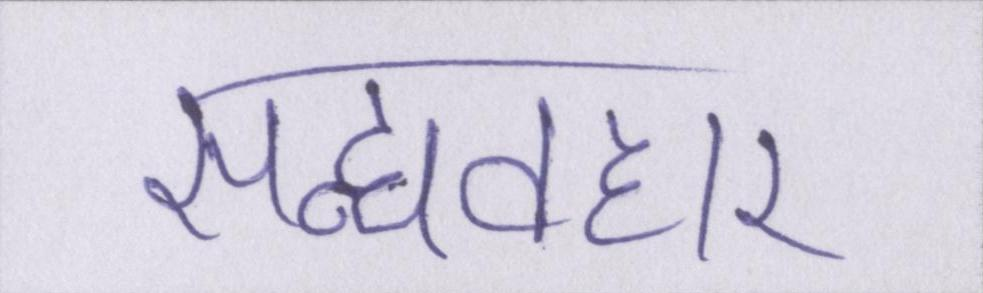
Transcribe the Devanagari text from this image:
सद्व्यवहार